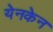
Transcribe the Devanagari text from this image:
येनकेन